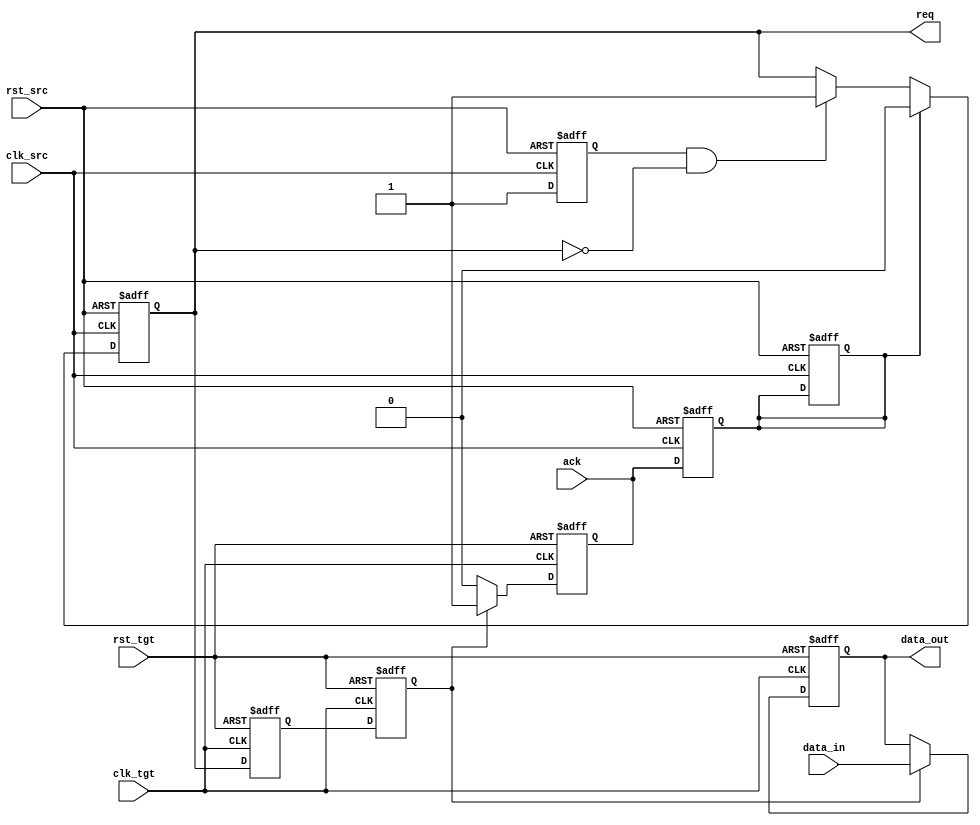
module handshake_synchronizer (
    input wire clk_src,          // Source clock
    input wire clk_tgt,          // Target clock
    input wire rst_src,          // Reset for source domain
    input wire rst_tgt,          // Reset for target domain
    input wire [7:0] data_in,    // Data input from sender
    output reg req,              // Request signal from sender
    input wire ack,              // Acknowledge signal from receiver
    output reg [7:0] data_out     // Data output to receiver
);

// Sender side
reg data_valid;                 // Signal to indicate data is valid
reg ack_sync;                   // Acknowledgment signal synchronized to source clock

always @(posedge clk_src or posedge rst_src) begin
    if (rst_src) begin
        req <= 1'b0;
        data_valid <= 1'b0;
        ack_sync <= 1'b0;
    end else begin
        // Simulate data availability
        data_valid <= 1'b1; // Assume data is always valid for this example
        if (data_valid && !req) begin
            req <= 1'b1;     // Assert request when data is valid
        end
        if (ack_sync) begin
            req <= 1'b0;     // De-assert request upon acknowledgment
        end
    end
end

// Synchronize acknowledge signal to source clock
always @(posedge clk_src or posedge rst_src) begin
    if (rst_src) begin
        ack_sync <= 1'b0;
    end else begin
        ack_sync <= ack; // Capture the acknowledge signal
    end
end

// Receiver side
reg req_sync1, req_sync2;      // Request signal synchronization registers
reg data_ready;                 // Signal to indicate data is ready to be processed

always @(posedge clk_tgt or posedge rst_tgt) begin
    if (rst_tgt) begin
        req_sync1 <= 1'b0;
        req_sync2 <= 1'b0;
        data_ready <= 1'b0;
        data_out <= 8'b0;
    end else begin
        // Synchronize request signal from sender
        req_sync1 <= req; // First stage of synchronization
        req_sync2 <= req_sync1; // Second stage of synchronization

        if (req_sync2) begin
            data_out <= data_in; // Capture data when request is asserted
            data_ready <= 1'b1; // Indicate data is ready to be processed
        end else begin
            data_ready <= 1'b0; // Clear data ready signal when request is not asserted
        end
    end
end

// Acknowledge signal generation
assign ack = data_ready; // Acknowledge when data is ready

endmodule